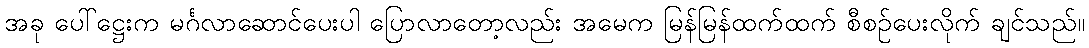
အခု ပေါ်ဋ္ဌေးက မင်္ဂလာဆောင်ပေးပါ ပြောလာတော့လည်း အမေက မြန်မြန်ထက်ထက် စီစဉ်ပေးလိုက် ချင်သည်။